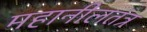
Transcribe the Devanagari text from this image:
महानीलतंत्र